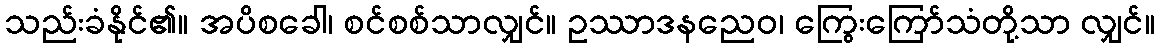
သည်းခံနိုင်၏။ အပိစခေါ၊ စင်စစ်သာလျှင်။ ဥဿာဒနညေဝ၊ ကြွေးကြော်သံတို့သာ လျှင်။